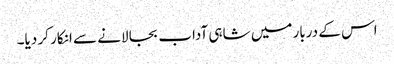
اس کے دربار میں شاہی آداب بجا لانے سے انکار کر دیا۔